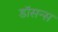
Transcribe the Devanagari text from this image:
डॉसन्स